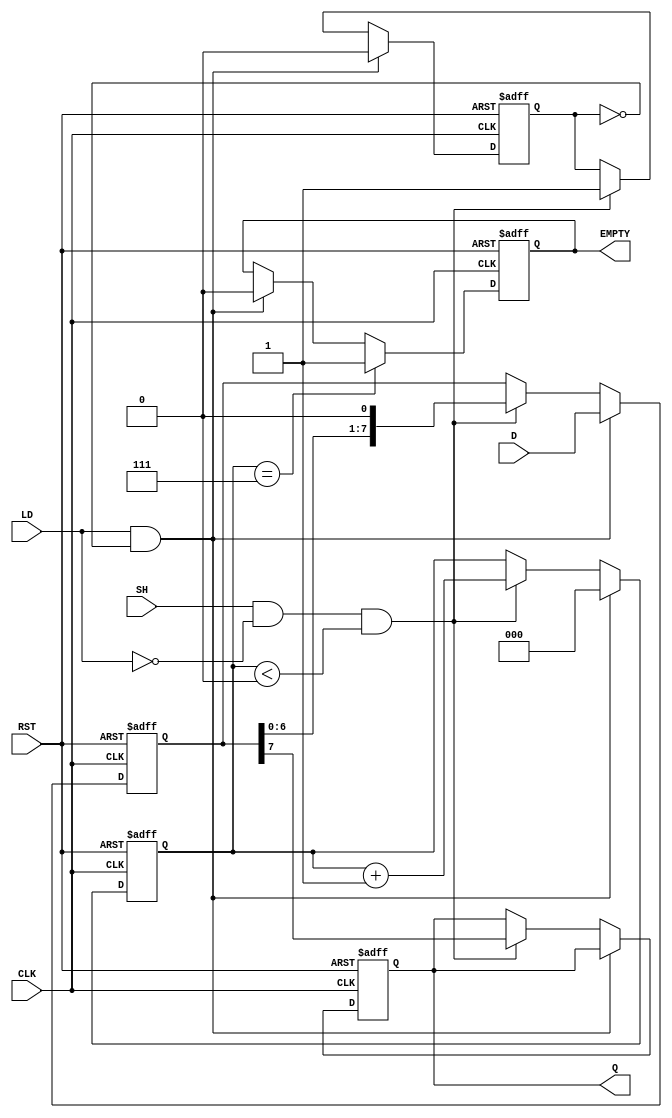
module PISO_Register (
    input wire [7:0] D,      // Data inputs
    input wire LD,           // Load control signal
    input wire SH,           // Shift control signal
    input wire CLK,          // Clock signal
    input wire RST,          // Reset signal
    output reg Q,            // Serial output
    output reg EMPTY         // Empty flag
);

    reg [7:0] REG;           // 8-bit storage register
    reg [2:0] count;         // 3-bit shift counter
    reg shifting;            // State flag for shifting

    always @(posedge CLK or posedge RST) begin
        if (RST) begin
            REG <= 8'b0;         // Clear the register
            count <= 3'b0;       // Reset the counter
            Q <= 1'b0;           // Clear the output
            EMPTY <= 1'b1;       // Set the empty flag
            shifting <= 1'b0;     // Not in shifting state
        end else begin
            if (LD && !shifting) begin
                REG <= D;        // Load data into the register
                count <= 3'b0;   // Reset the counter
                EMPTY <= 1'b0;   // Set empty flag to false
                shifting <= 1'b0; // Not in shifting state
            end else if (SH && !LD && (count < 3'd8)) begin
                Q <= REG[7];     // Shift out the MSB
                REG <= {REG[6:0], 1'b0}; // Shift left
                count <= count + 1'b1; // Increment the counter
                shifting <= 1'b1; // In shifting state
            end
            
            // Set EMPTY flag when all bits have been shifted out
            if (count == 3'd7) begin
                EMPTY <= 1'b1;   // Register is empty
            end
        end
    end
    
endmodule